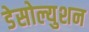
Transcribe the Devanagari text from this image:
डेसोल्युशन